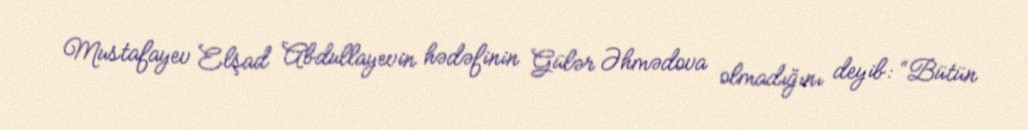
Mustafayev Elşad Abdullayevin hədəfinin Gülər Əhmədova olmadığını deyib: “Bütün